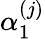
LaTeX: \alpha_{1}^{(j)}